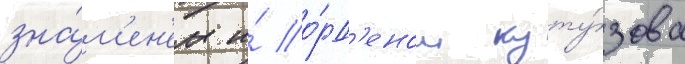
зна́м'ен'ем и́ о́рд'еном куту́зова